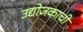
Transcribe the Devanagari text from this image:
उद्योजकाची